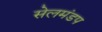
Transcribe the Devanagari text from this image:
सेलमंडप